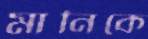
মানিকে